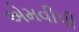
એમવીપી